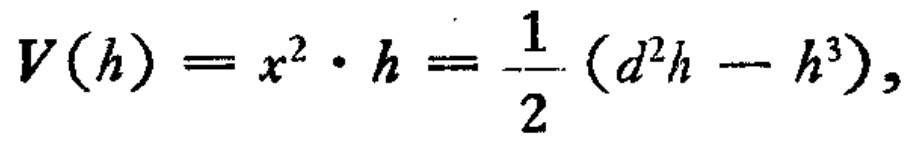
\[
V(h)=x^{2}\cdot h=\frac{1}{2}(d^{2}h - h^{3}),
\]